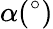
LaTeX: \alpha(^{\circ})